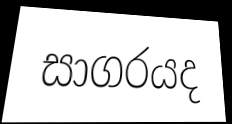
සාගරයද